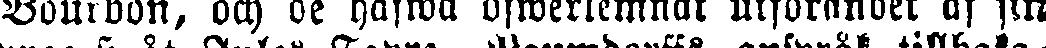
Bourbon, och de hafwa öfwerlemnat utförandet af sin